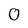
Character: 0